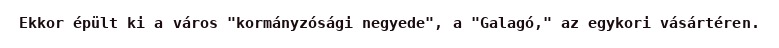
Ekkor épült ki a város "kormányzósági negyede", a "Galagó," az egykori vásártéren.